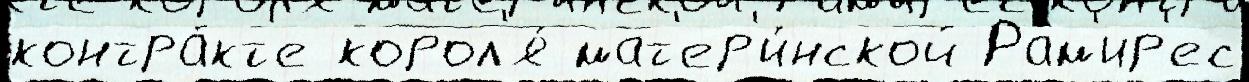
контра́кт'е корол'я́ мат'ер'и́нской Рам'ир'ес